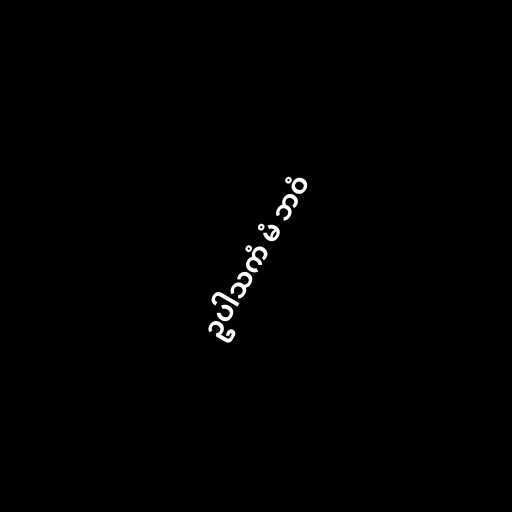
ဥပါသကံ မံ ဘဝံ